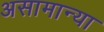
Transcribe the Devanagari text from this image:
असामान्या